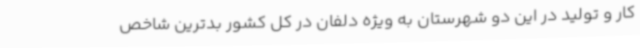
کار و تولید در این دو شهرستان به ویژه دلفان در کل کشور بدترین شاخص